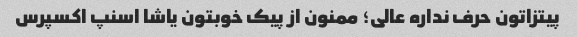
پیتزاتون حرف نداره عالی؛ ممنون از پیک خوبتون یاشا اسنپ اکسپرس